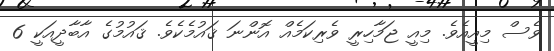
ވެސް މިއީއެވެ. މިއީ ޖަމާހިރީ ވެރިކަމެއް އޮންނަ ޤައުމެކެވެ. ޤައުމުގެ އާބާދީއަކީ 6